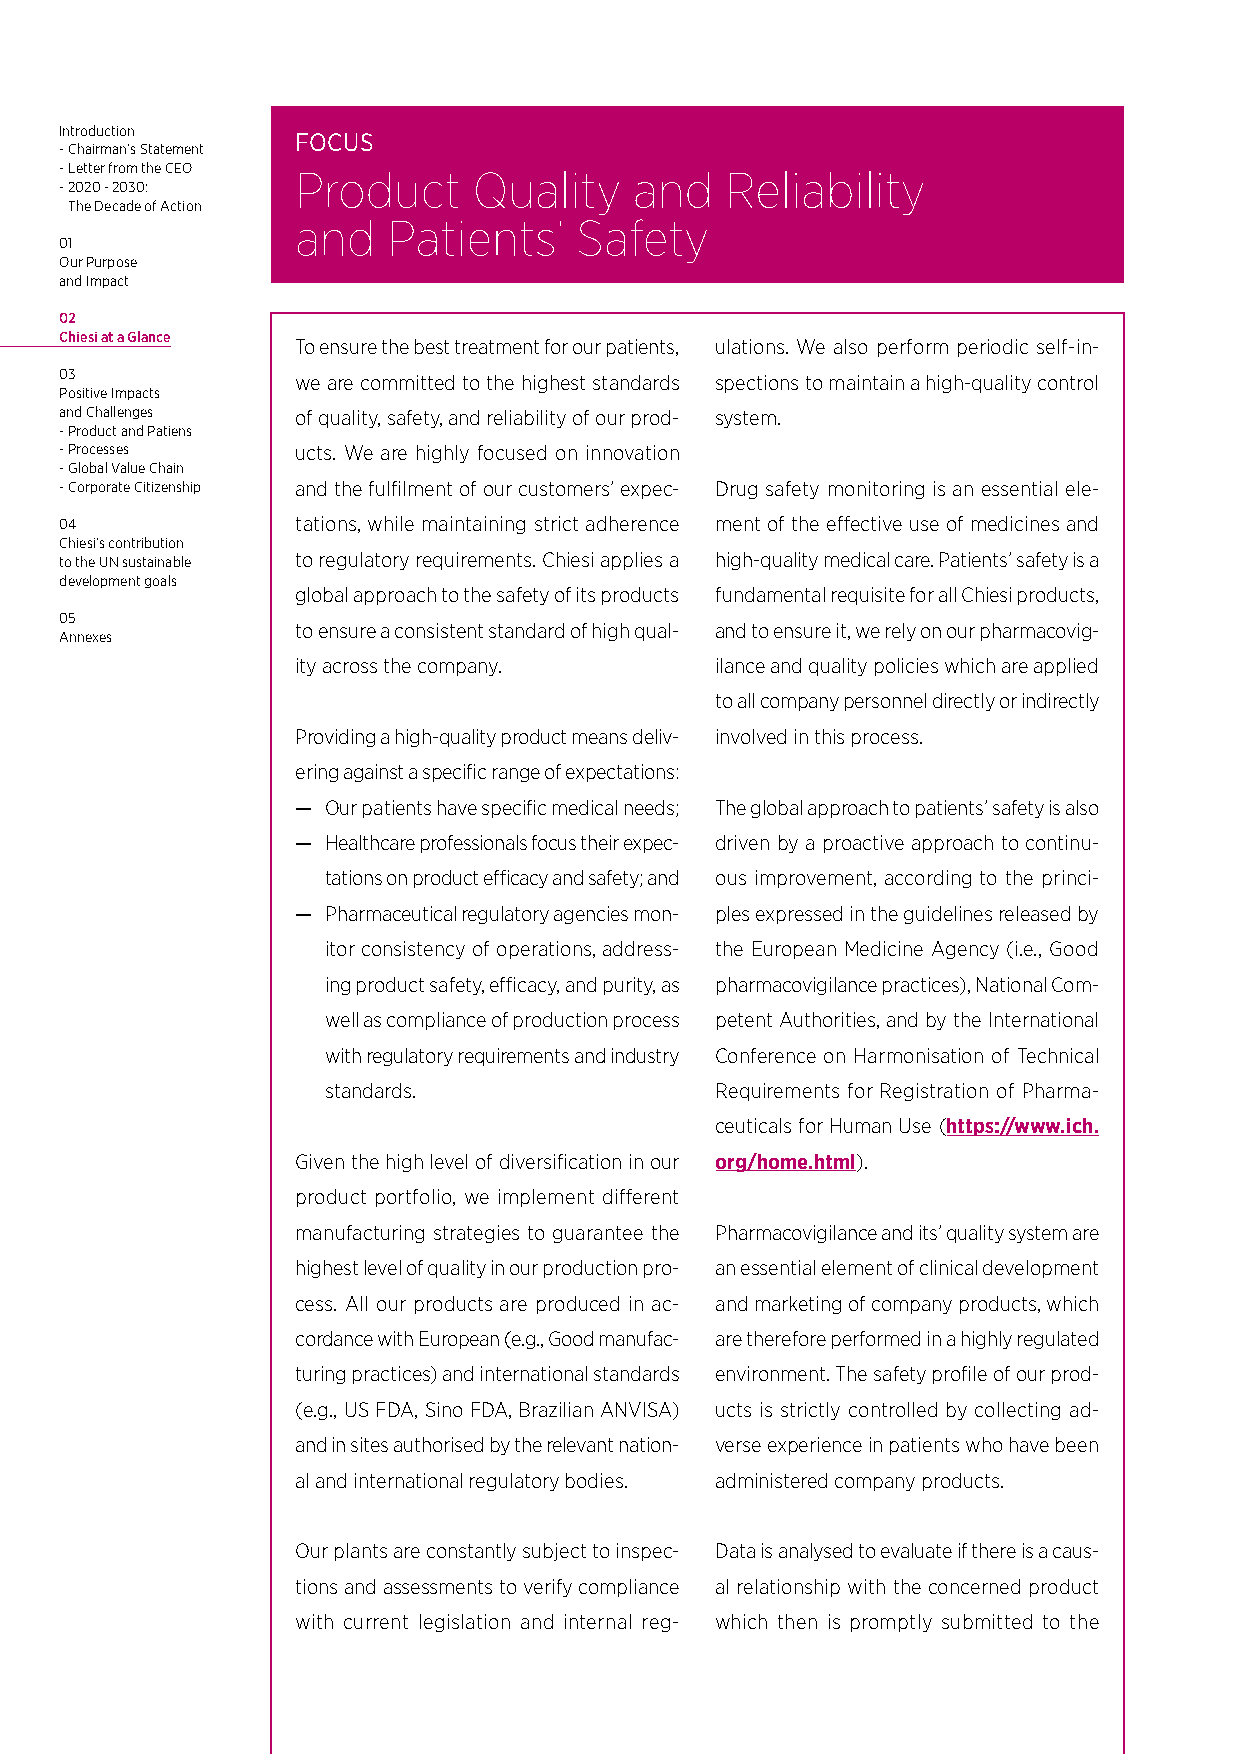
Introduction
 FOCUS
 - Chairman’s Statement
 - Letter from the CEO Product Quality and   Reliability
 - 2020 - 2030:
 The Decade of Action
 and   Patients’   Safety
 01
 Our Purpose
 and Impact
 02
 Chiesi at a Glance
 To ensure the best treatment for our patients, ulations. We also perform periodic self-in-
 03              we are committed to the highest standards spections to maintain a high-quality control
 Positive Impacts
 and Challenges  of quality, safety, and reliability of our prod- system.
 - Product and Patiens
 - Processes     ucts. We are highly focused on innovation
 - Global Value Chain
 - Corporate Citizenship and the fulfilment of our customers’ expec- Drug safety monitoring is an essential ele-
 04              tations, while maintaining strict adherence ment of the effective use of medicines and
 Chiesi’s contribution
 to the UN sustainable to regulatory requirements. Chiesi applies a high-quality medical care. Patients’ safety is a
 development goals
 global approach to the safety of its products fundamental requisite for all Chiesi products,
 05
 to ensure a consistent standard of high qual- and to ensure it, we rely on our pharmacovig-
 Annexes
 ity across the company.    ilance and quality policies which are applied
 to all company personnel directly or indirectly
 Providing a high-quality product means deliv- involved in this process.
 ering against a specific range of expectations:
 — Our patients have specific medical needs; The global approach to patients’ safety is also
 — Healthcare professionals focus their expec- driven by a proactive approach to continu-
 tations on product efficacy and safety; and ous improvement, according to the princi-
 — Pharmaceutical regulatory agencies mon- ples expressed in the guidelines released by
 itor consistency of operations, address- the European Medicine Agency (i.e., Good
 ing product safety, efficacy, and purity, as pharmacovigilance practices), National Com-
 well as compliance of production process petent Authorities, and by the International
 with regulatory requirements and industry Conference on Harmonisation of Technical
 standards.               Requirements for Registration of Pharma-
 ceuticals for Human Use (https://www.ich.
 Given the high level of diversification in our org/home.html).
 product portfolio, we implement different
 manufacturing strategies to guarantee the Pharmacovigilance and its’ quality system are
 highest level of quality in our production pro- an essential element of clinical development
 cess. All our products are produced in ac- and marketing of company products, which
 cordance with European (e.g., Good manufac- are therefore performed in a highly regulated
 turing practices) and international standards environment. The safety profile of our prod-
 (e.g., US FDA, Sino FDA, Brazilian ANVISA) ucts is strictly controlled by collecting ad-
 and in sites authorised by the relevant nation- verse experience in patients who have been
 al and international regulatory bodies. administered company products.
 Our plants are constantly subject to inspec- Data is analysed to evaluate if there is a caus-
 tions and assessments to verify compliance al relationship with the concerned product
 with current legislation and internal reg- which then is promptly submitted to the